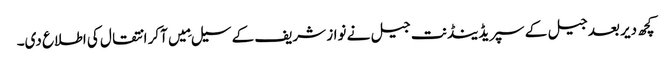
کچھ دیر بعد جیل کے سپریڈینڈنت جیل نے نواز شریف کے سیل مِیں آکر انتقال کی اطلاع دی۔